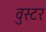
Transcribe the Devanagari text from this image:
वुस्टर